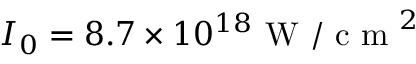
I _ { 0 } = 8 . 7 \times 1 0 ^ { 1 8 } \mathrm { ~ W ~ / ~ c ~ m ~ } ^ { 2 }